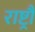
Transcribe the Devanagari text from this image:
राष्ट्रौं